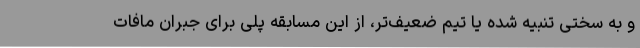
و به سختی تنبیه شده یا تیم ضعیف‌تر، از این مسابقه پلی برای جبران مافات